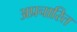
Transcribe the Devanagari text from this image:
अप्रचारित